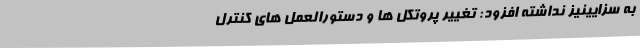
به سزایینیز نداشته افزود: تغییر پروتکل ها و دستورالعمل های کنترل